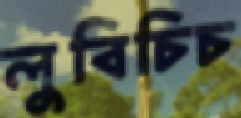
লুবিচিচ